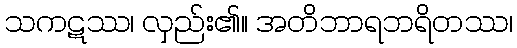
သကဋဿ၊ လှည်း၏။ အတိဘာရဘရိတဿ၊